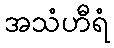
အသံဟီရံ